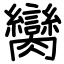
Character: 臠